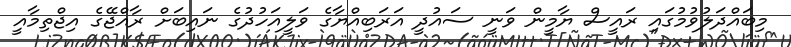
މިބައްދަލުވުމުގައި ރައީސް ޔާމީން ވަނީ ސައުދީ އަރަބިއްޔާގެ ވަލީއަހުދުގެ ނައިބަށް ރާއްޖޭގެ އިޖްތިމާއީ